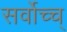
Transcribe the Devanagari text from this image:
सर्वोच्च्